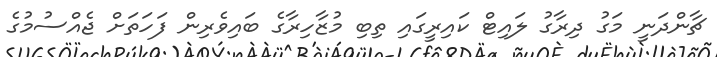
ޗާންދަނީ މަގު ދިރާގު ލައިޓް ކައިރީގައި ތިބި މުޒާހިރާގެ ބައިވެރިން ފަހަތަށް ޖެއްސުމުގެ